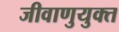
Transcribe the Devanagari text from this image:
जीवाणुयुक्त